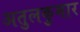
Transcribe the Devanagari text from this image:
अतुलकुमार